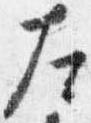
左